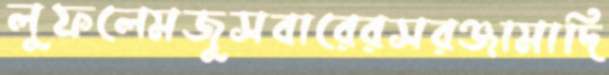
লুফলেমজুসবারেরসরঞ্জামাদি